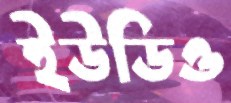
ইউডিও